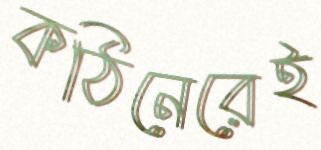
কঠিনেরেই